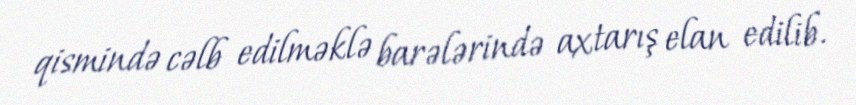
qismində cəlb edilməklə barələrində axtarış elan edilib.